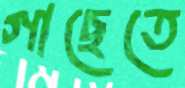
গাছেতে